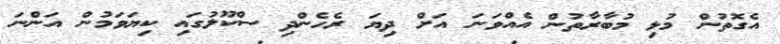
އެގޮތުން މުޅި މުބާރާތުން އެއްވަނަ އަށް ދިޔަ ރެހެންދި ސްކޫލުގައި ކިޔަވަމުން އަންނަ